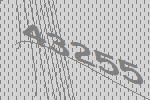
43255